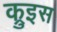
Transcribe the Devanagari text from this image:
क्रुइस